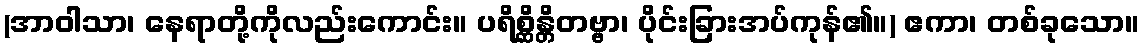
(အာဝါသာ၊ နေရာတို့ကိုလည်းကောင်း။ ပရိစ္ဆိန္တိတဗ္ဗာ၊ ပိုင်းခြားအပ်ကုန်၏။) ဧကာ၊ တစ်ခုသော။